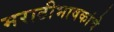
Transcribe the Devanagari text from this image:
मराठीभाषकांचे